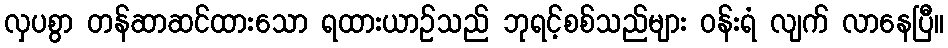
လှပစွာ တန်ဆာဆင်ထားသော ရထားယာဉ်သည် ဘုရင့်စစ်သည်များ ဝန်းရံ လျက် လာနေပြီ။